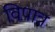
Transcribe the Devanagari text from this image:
विपात्र